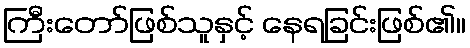
ကြီးတော်ဖြစ်သူနှင့် နေရခြင်းဖြစ်၏။